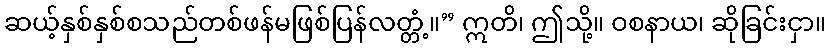
ဆယ့်နှစ်နှစ်စသည်တစ်ဖန်မဖြစ်ပြန်လတ္တံ့။” ဣတိ၊ ဤသို့။ ဝစနာယ၊ ဆိုခြင်းငှာ။